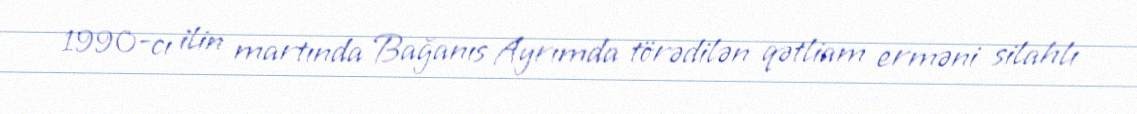
1990-cı ilin martında Bağanıs Ayrımda törədilən qətliam erməni silahlı